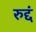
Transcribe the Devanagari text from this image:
रुद्दं